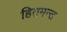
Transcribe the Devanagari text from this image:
हितमन्त